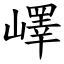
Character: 嶧